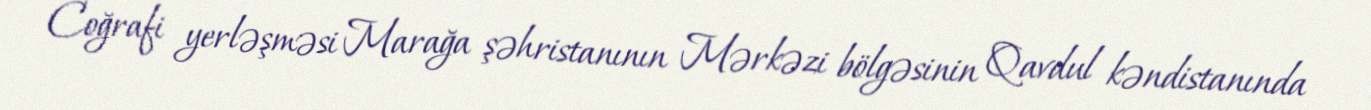
Coğrafi yerləşməsi Marağa şəhristanının Mərkəzi bölgəsinin Qavdul kəndistanında